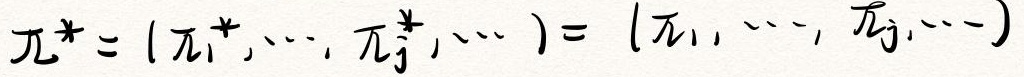
$\pi^{*}=(\pi_{1}^{*},\cdots,\pi_{j}^{*},\cdots)=(\pi_{1},\cdots,\pi_{j},\cdots)$